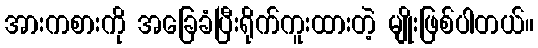
အားကစားကို အခြေခံပြီးရိုက်ကူးထားတဲ့ မျိုးဖြစ်ပါတယ်။